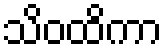
သိဝထိကာ